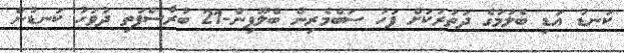
ކަނޑު އަޑި ބެލުމުގެ ދަތުރަކަށް ފަހު ސަބްމެރިން ބްލޫފިން-21 ބުރާސްފަތި ދުވަހު ކަނޑުން